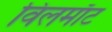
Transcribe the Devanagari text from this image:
विलमाँट